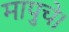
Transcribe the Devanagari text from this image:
मापुचे।